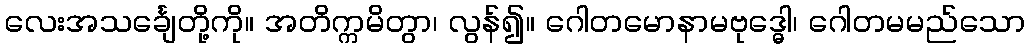
လေးအသင်္ချေတို့ကို။ အတိက္ကမိတွာ၊ လွန်၍။ ဂေါတမောနာမဗုဒ္ဓေါ၊ ဂေါတမမည်သော